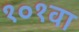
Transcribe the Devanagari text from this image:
१०१वा